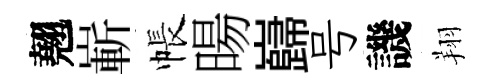
翹嶄帳暘巋号譏翔